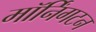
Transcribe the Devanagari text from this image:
मॉर्निंगटन